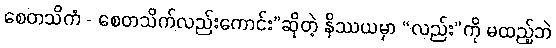
စေတသိကံ - စေတသိက်လည်းကောင်း”ဆိုတဲ့ နိဿယမှာ “လည်း”ကို မထည့်ဘဲ